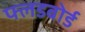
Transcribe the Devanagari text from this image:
फ्लडबोर्ड